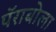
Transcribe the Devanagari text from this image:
पॅराबोला